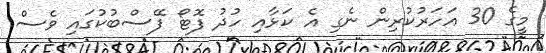
މީގެ 30 އަހަރުކުރިން ނެގި އެ ކަޅާއި ހުދު ފޮޓޯ ފޭސްބުކުގައި ވެސް